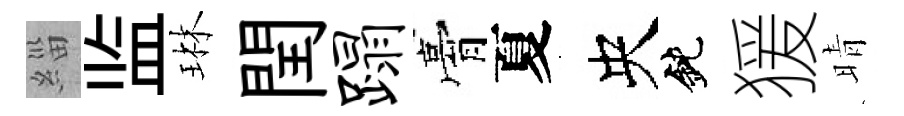
緇监琳閏蹋膏夏央鈍猨晴